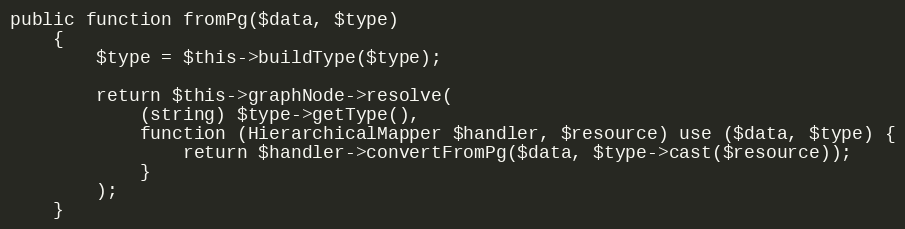
Language: PHP
public function fromPg($data, $type)
    {
        $type = $this->buildType($type);

        return $this->graphNode->resolve(
            (string) $type->getType(),
            function (HierarchicalMapper $handler, $resource) use ($data, $type) {
                return $handler->convertFromPg($data, $type->cast($resource));
            }
        );
    }